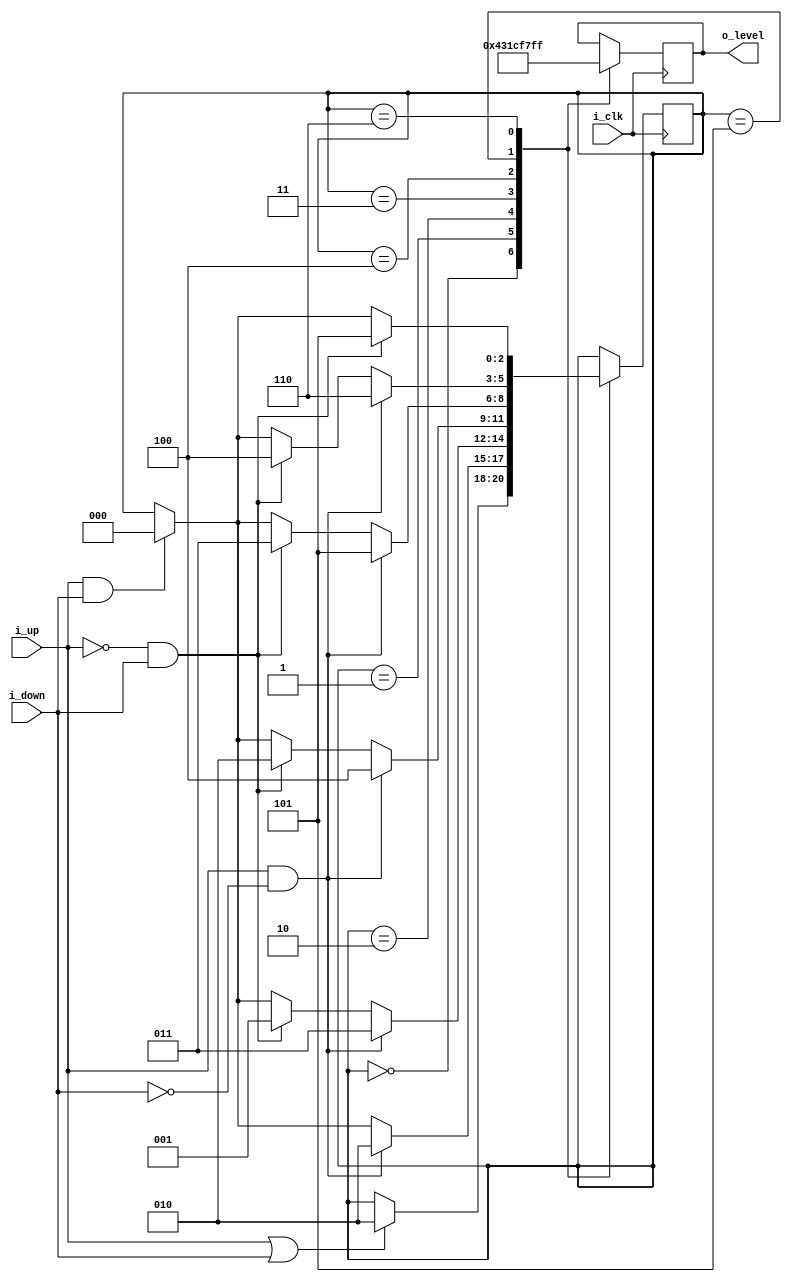
module LED_Dimmer_State_Machine (
    input i_clk,
    input i_up,
    input i_down,
    output [5:0] o_level
);

//Current State
reg [2:0] r_State = OFF;
//Out value
reg [5:0] r_out;

//Avaiable States
localparam OFF      = 3'b000;
localparam ONE      = 3'b001;
localparam TWO      = 3'b010;
localparam THREE    = 3'b011;
localparam FOUR     = 3'b100;
localparam FIVE     = 3'b101;
localparam SIX      = 3'b110;
localparam INIT     = TWO;
//Output assignment
assign o_level = r_out;

//State Machine in always
always @(posedge i_clk) 
begin
    case (r_State)
        OFF:  r_out <=   6'b0;
        ONE:  r_out <=   6'b000001;
        TWO:  r_out <=   6'b000011;
        THREE:  r_out <= 6'b000111;
        FOUR:  r_out <=  6'b001111;
        FIVE:  r_out <=  6'b011111;
        SIX:  r_out <=   6'b111111;
    endcase
        case (r_State)
        OFF:
        begin
             if(i_up == 1'b1|| i_down== 1'b1)
                begin
                    r_State <= INIT;
                end
        end
        ONE:
        begin
            if (i_up== 1'b1 && i_down== 1'b0) 
            begin
                r_State <= TWO;    
            end
            else
            if (i_up== 1'b1 && i_down== 1'b1) 
            begin
                r_State <= OFF;    
            end
        end 
        TWO:
        begin
            if (i_up== 1'b1 && i_down== 1'b0) 
            begin
                r_State <= THREE;    
            end
            else
            if (i_up== 1'b0 && i_down== 1'b1) 
            begin
                r_State <= ONE;    
            end
            else
            if (i_up== 1'b1 && i_down== 1'b1) 
            begin
                r_State <= OFF;    
            end
        end 
        THREE:
        begin
            if (i_up== 1'b1 && i_down== 1'b0) 
            begin
                r_State <= FOUR;    
            end
            else
            if (i_up== 1'b0 && i_down== 1'b1) 
            begin
                r_State <= TWO;    
            end
            else
            if (i_up== 1'b1 && i_down== 1'b1) 
            begin
                r_State <= OFF;    
            end
        end 
        FOUR:
        begin
            if (i_up== 1'b1 && i_down== 1'b0) 
            begin
                r_State <= FIVE;    
            end
            else
            if (i_up== 1'b0 && i_down== 1'b1) 
            begin
                r_State <= THREE;    
            end
            else
            if (i_up== 1'b1 && i_down== 1'b1) 
            begin
                r_State <= OFF;    
            end
        end 
        FIVE:
        begin
            if (i_up== 1'b1 && i_down== 1'b0) 
            begin
                r_State <= SIX;    
            end
            else
            if (i_up== 1'b0 && i_down== 1'b1) 
            begin
                r_State <= FOUR;    
            end
            else
            if (i_up== 1'b1 && i_down== 1'b1) 
            begin
                r_State <= OFF;    
            end
        end 
        SIX:
        begin
            if (i_up== 1'b0 && i_down== 1'b1) 
            begin
                r_State <= FIVE;    
            end
            else
            if (i_up== 1'b1 && i_down== 1'b1) 
            begin
                r_State <= OFF;    
            end
        end 
        endcase

end
    
endmodule